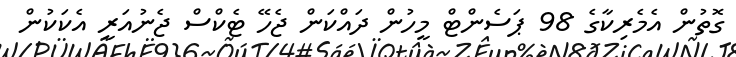
ގޮތުން އެމެރިކާގެ 98 ޕަސެންޓް މީހުން ދައްކަން ޖެހޭ ޓެކްސް ޖެނުއަރީ އެކަކުން